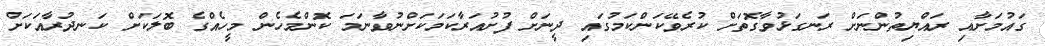
ގައުމަށާއި ރައްޔިތުންނަށް ރަނގަޅުވާގޮތަށް ކުރެވޭކަންކަމުގައި ދީނަށް ފުށުއަރާކަމަކަށްނުވާނަމަ ކޮންމެހެން މީހެއްގެ ބޮލަކަށް ކަނދުރާއަކަށް